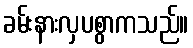
ခမ်းနားလှပစွာကသည်။